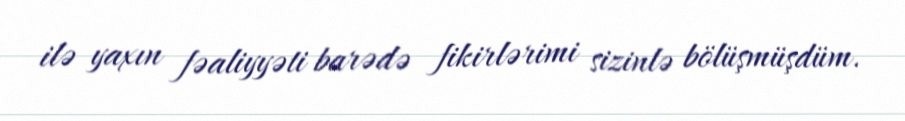
ilə yaxın fəaliyyəti barədə fikirlərimi sizinlə bölüşmüşdüm.